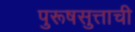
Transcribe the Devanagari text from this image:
पुरूषसुत्ताची